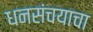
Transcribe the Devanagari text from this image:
धनसंचयाचा